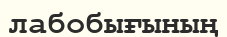
лабобығының